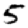
Digit: 5